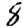
Digit: 8